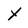
Character: Y